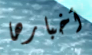
أخبارها